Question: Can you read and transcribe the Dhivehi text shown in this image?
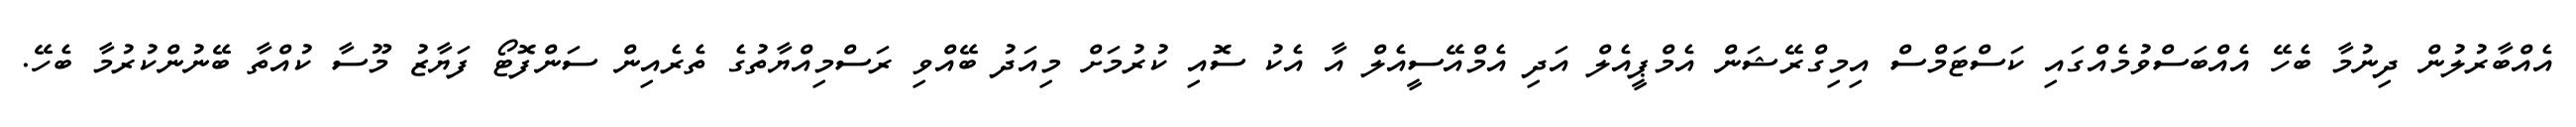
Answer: އެއްބާރުލުން ދިނުމާ ބެހޭ އެއްބަސްވުމެއްގައި ކަސްޓަމްސް އިމިގްރޭޝަން އެމްޕީއެލް އަދި އެމްއޭސީއެލް އާ އެކު ސޮއި ކުރުމަށް މިއަދު ބޭއްވި ރަސްމިއްޔާތުގެ ތެރެއިން ސަންފޮޓޯ ފަޔާޒު މޫސާ ކުއްތާ ބޭނުންކުރުމާ ބެހޭ.